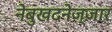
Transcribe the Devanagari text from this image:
नेबुखदनेज्ज़ार